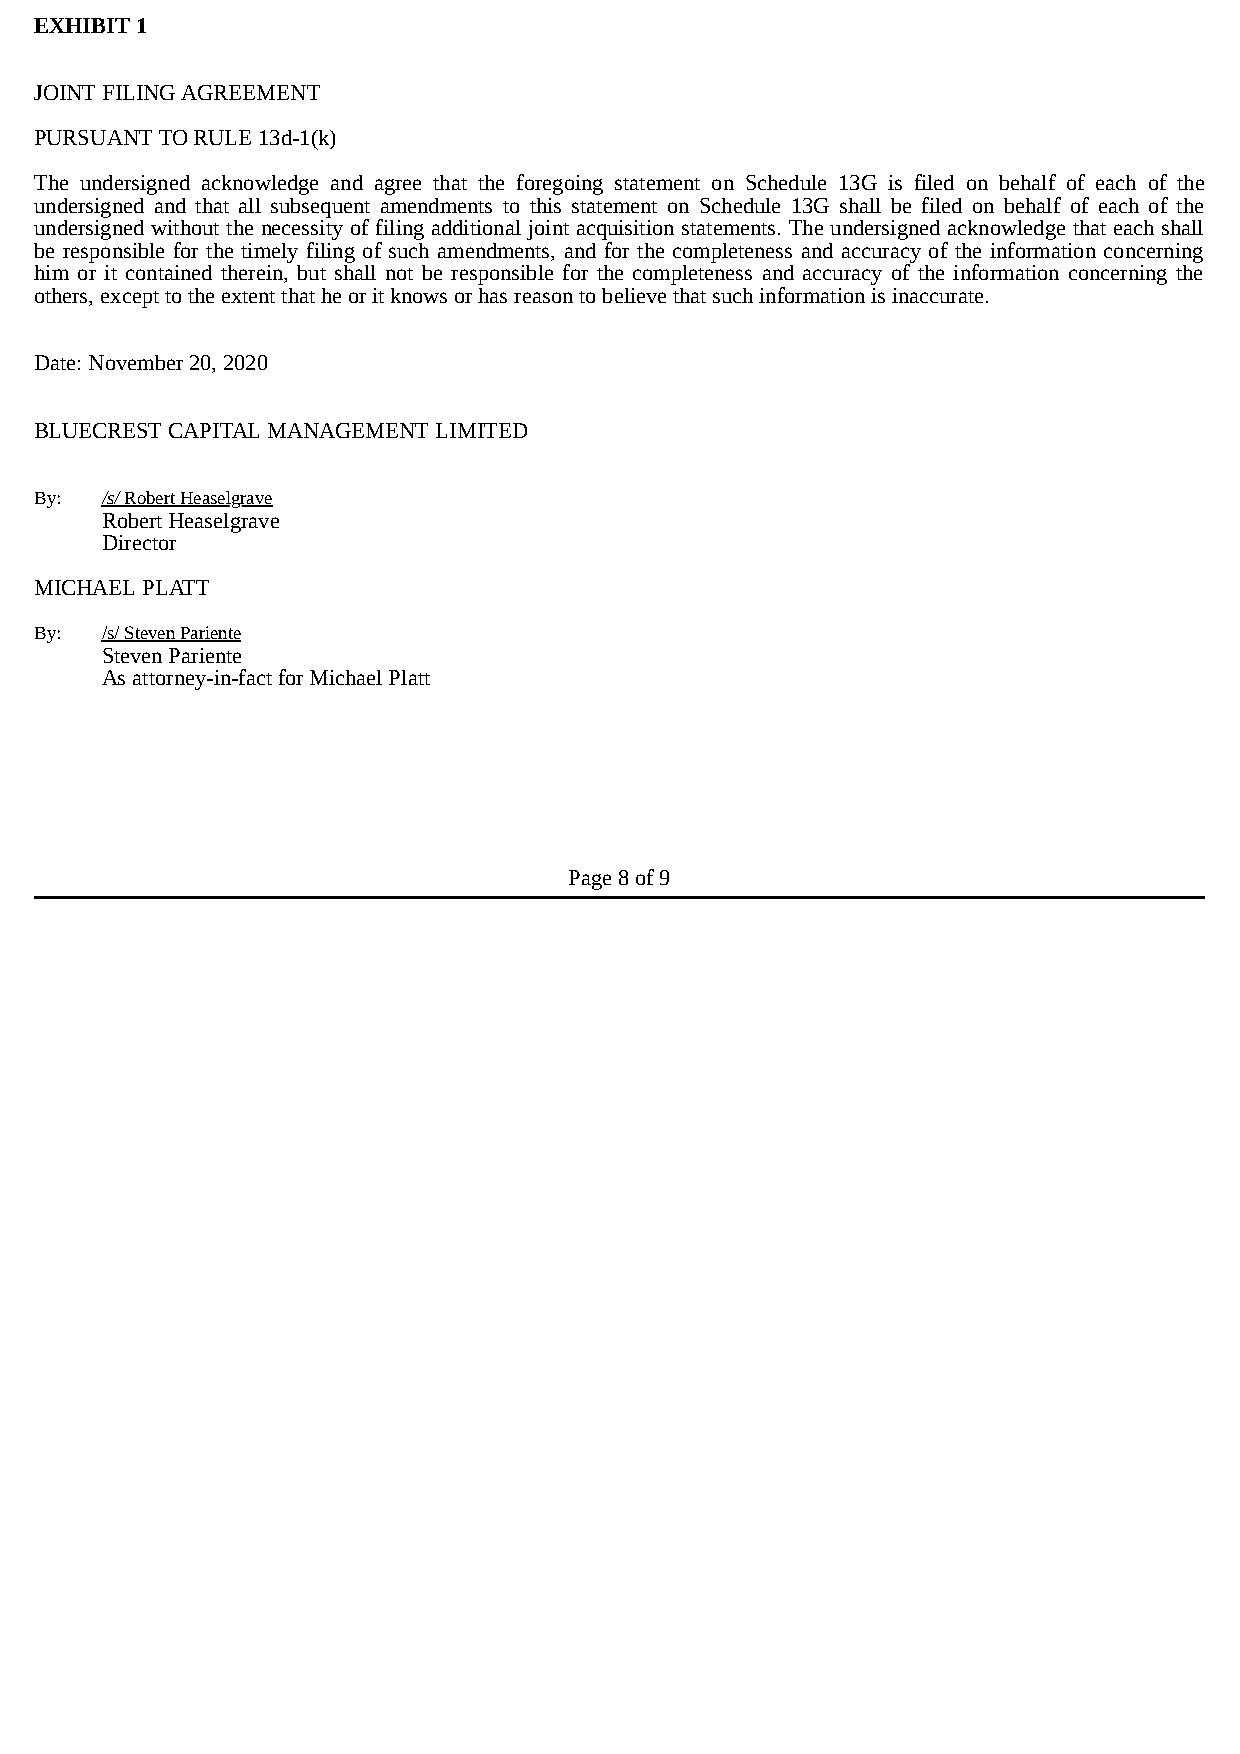
EXHIBIT 1
 JOINT FILING AGREEMENT
 PURSUANT TO RULE 13d-1(k)
 The undersigned acknowledge and agree that the foregoing statement on Schedule 13G is filed on behalf of each of the
 undersigned and that all subsequent amendments to this statement on Schedule 13G shall be filed on behalf of each of the
 undersigned without the necessity of filing additional joint acquisition statements. The undersigned acknowledge that each shall
 be responsible for the timely filing of such amendments, and for the completeness and accuracy of the information concerning
 him or it contained therein, but shall not be responsible for the completeness and accuracy of the information concerning the
 others, except to the extent that he or it knows or has reason to believe that such information is inaccurate.
 Date: November 20, 2020
 BLUECREST CAPITAL MANAGEMENT LIMITED
 By:  /s/ Robert Heaselgrave
 Robert Heaselgrave
 Director
 MICHAEL PLATT
 By:  /s/ Steven Pariente
 Steven Pariente
 As attorney-in-fact for Michael Platt
 Page 8 of 9